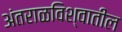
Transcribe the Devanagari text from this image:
अंतराळविश्वातील